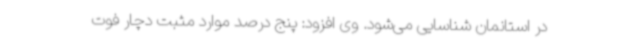
در استانمان شناسایی می‌شود. وی افزود: پنج درصد موارد مثبت دچار فوت